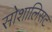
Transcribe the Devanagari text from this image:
सोशालिसट